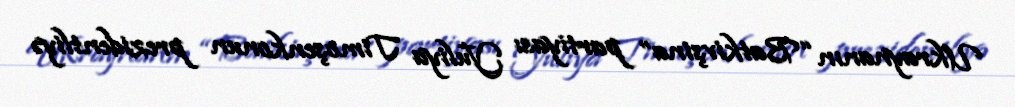
Ukraynanın “Batkivşina” partiyası Yuliya Timoşenkonun prezidentliyə